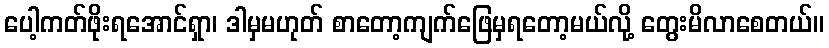
ပေါ့ကတ်ဖိုးရအောင်ရှာ၊ ဒါမှမဟုတ် စာတော့ကျက်ဖြေမှရတော့မယ်လို့ တွေးမိလာစေတယ်။